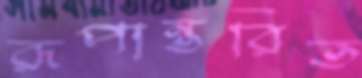
রূপান্তরিত